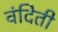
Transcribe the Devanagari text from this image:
वंदिती